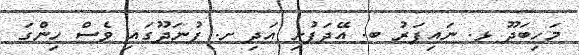
މަހިބަދޫ ޅ. ނައިފަރު ބ. އޭދަފުށި އަދި ށ. ފުނަދޫގައި ވެސް ހިންގަ